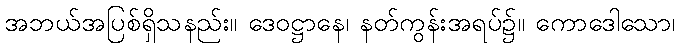
အဘယ်အပြစ်ရှိသနည်း။ ဒေဝဋ္ဌာနေ၊ နတ်ကွန်းအရပ်၌။ ကောဒေါသော၊